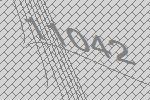
11042